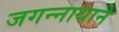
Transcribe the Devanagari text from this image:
जगन्‍नाथाने